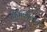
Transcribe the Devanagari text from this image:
विवाहपश्चात